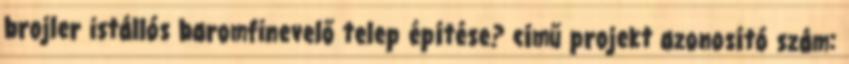
brojler istállós baromfinevelő telep építése? című projekt azonosító szám: